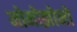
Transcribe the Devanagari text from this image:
मोमोझोनो